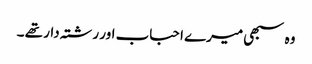
وہ سبھی میرے احباب اور رشتہ دار تھے ۔